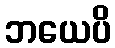
ဘယေပိ